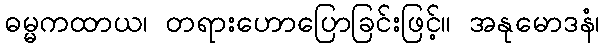
ဓမ္မကထာယ၊ တရားဟောပြောခြင်းဖြင့်။ အနုမောဒနံ၊